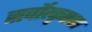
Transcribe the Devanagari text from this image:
सर्वोत्कृष्ठता